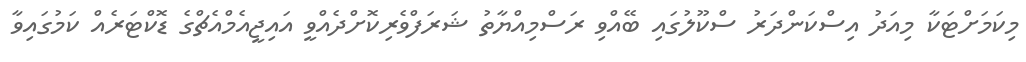
މިކަމަށްޓަކާ މިއަދު އިސްކަންދަރު ސްކޫލުގައި ބޭއްވި ރަސްމިއްޔާތު ޝަރަފްވެރިކޮށްދެއްވީ އައިޖީއެމްއެޗްގެ ޑޮކްޓަރެއް ކަމުގައިވާ